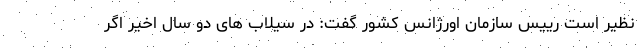
نظیر است رییس سازمان اورژانس کشور گفت: در سیلاب های دو سال اخیر اگر